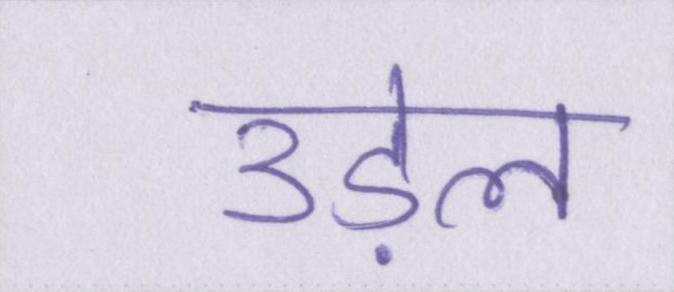
उड़ेल